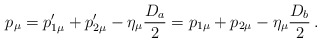
\begin{align*}p_\mu = p'_{1\mu}+p'_{2\mu}-\eta_\mu \frac{D_a}{2} = p _{1\mu}+p _{2\mu}-\eta_\mu \frac{D_b}{2}\,.\end{align*}